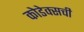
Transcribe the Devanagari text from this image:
कोडेक्सची